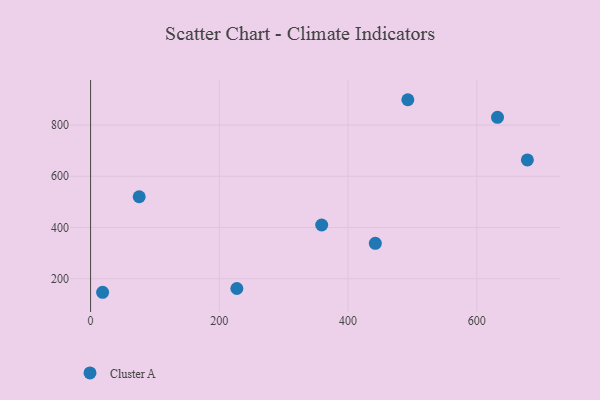
{"axis": {"x": "Ad Spend", "y": "Salary"}, "legend": ["Cluster A"], "data": [{"x": "18.7", "y": 147.1, "type": "Cluster A"}, {"x": "359.0", "y": 409.8, "type": "Cluster A"}, {"x": "75.5", "y": 520.1, "type": "Cluster A"}, {"x": "678.5", "y": 663.7, "type": "Cluster A"}, {"x": "632.1", "y": 830.1, "type": "Cluster A"}, {"x": "442.3", "y": 338.3, "type": "Cluster A"}, {"x": "492.8", "y": 898.9, "type": "Cluster A"}, {"x": "227.2", "y": 161.8, "type": "Cluster A"}]}